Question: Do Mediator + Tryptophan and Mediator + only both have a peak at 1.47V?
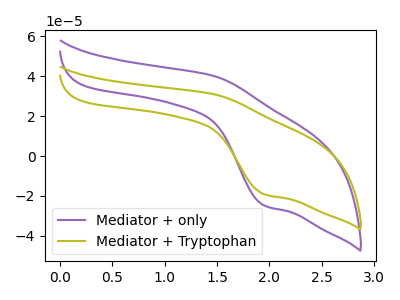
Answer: <think>The purple curve "Mediator + only" has an anodic peak at (1.45V, 40.20uA) and a cathodic peak at (1.95V, -24.75uA). The olive curve "Mediator + Tryptophan" has an anodic peak at (1.45V, 31.05uA) and a cathodic peak at (1.95V, -19.10uA).</think>
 <answer>Yes, "Mediator + Tryptophan" and "Mediator + only" share a peak at 1.47V.</answer>
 <eval>match</eval>